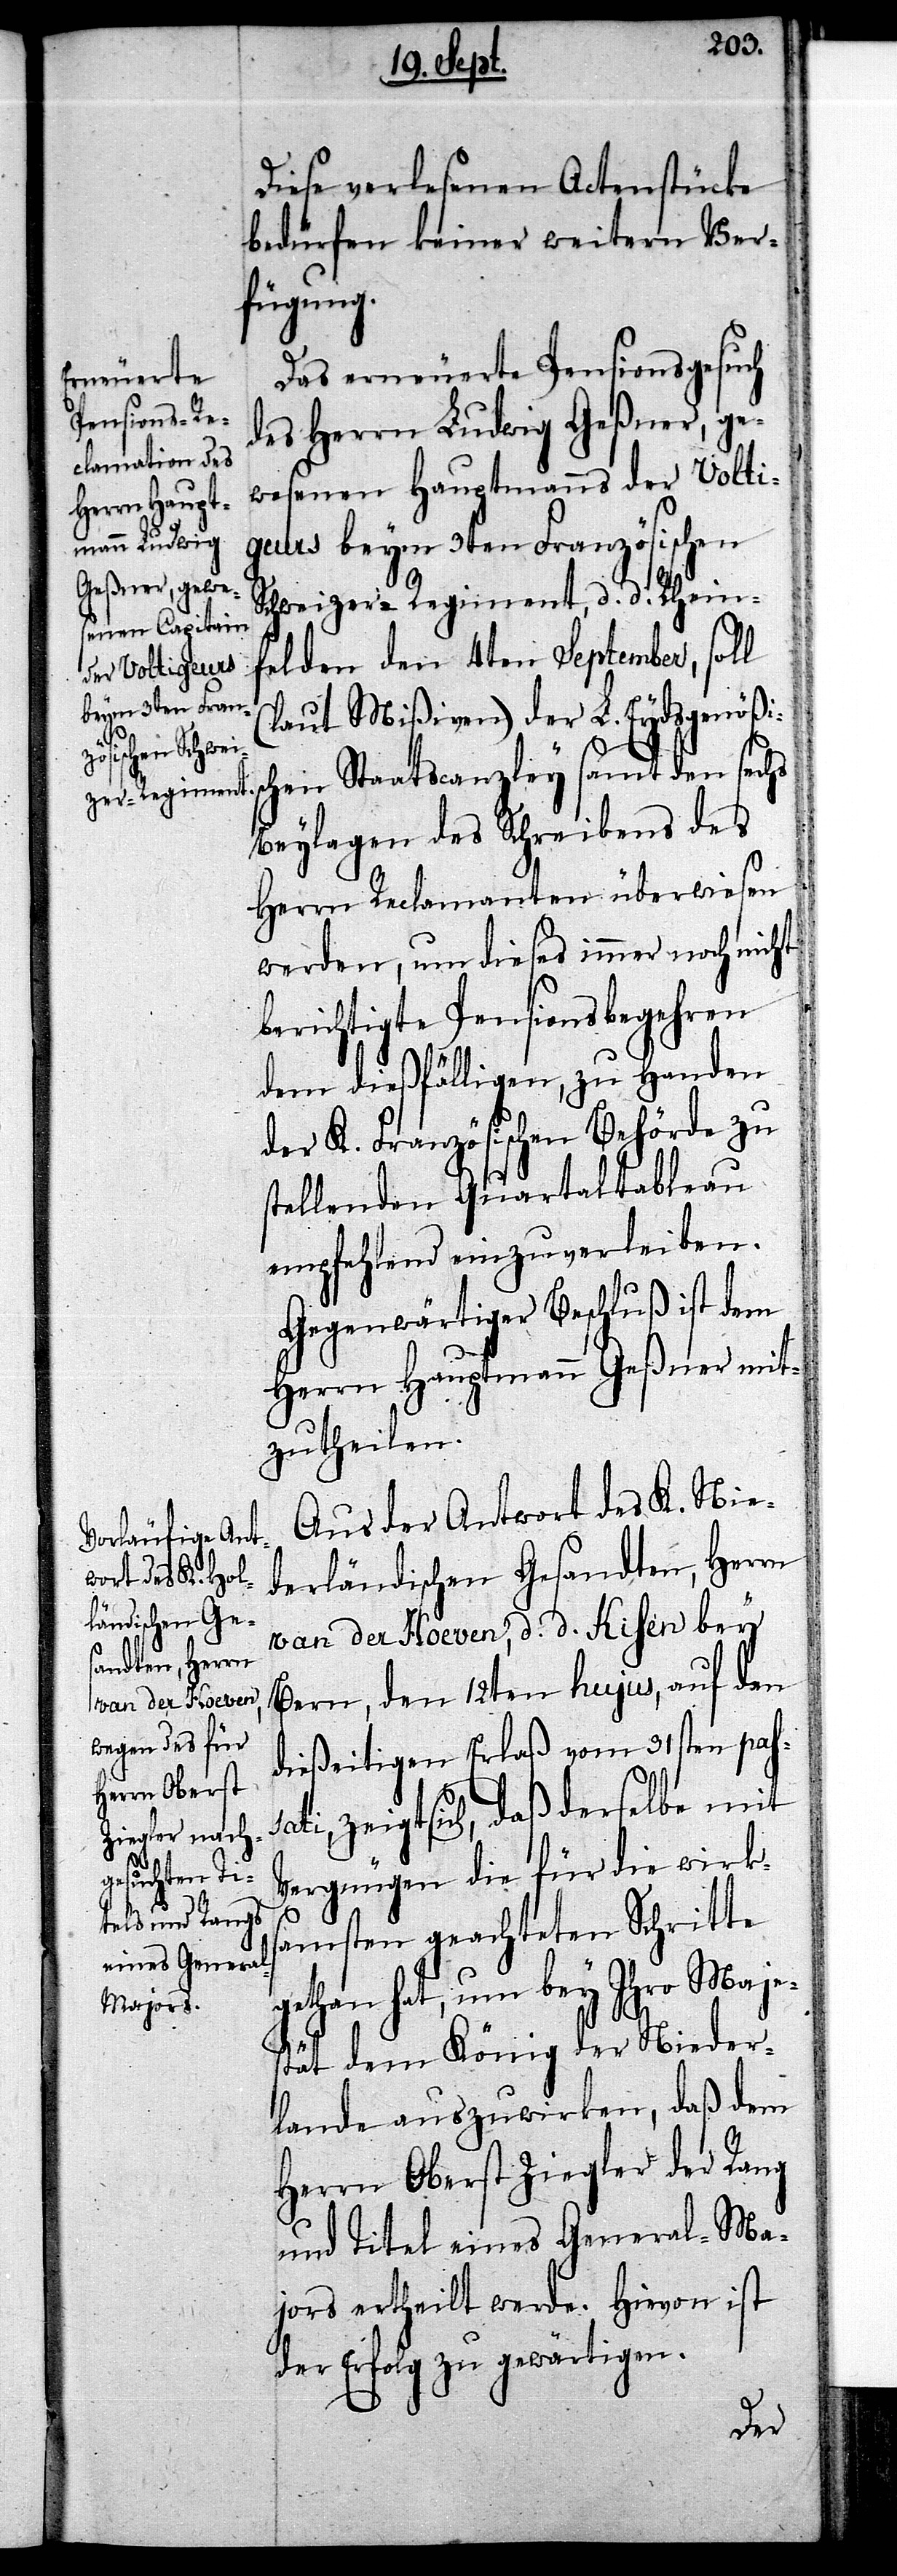
Diese verlesenen Actenstücke
bedürfen keiner weitern Ver¬
fügung.
Das erneuerte Pensionsgesuch
des Herrn Ludwig Geßner, ge¬
wesenen Hauptmanns der Volti¬
geurs beym 3ten Französischen
Schweizer-Regiment, d. d. Rhein¬
felden den 4ten September, soll
(laut Mißiven) der L. Eydsgenößis¬
chen Staatscanzley samt den sechs
Beylagen des Schreibens des
Herrn Reclamanten überwiesen
werden, um dieses immer noch nicht
berichtigte Pensionsbegehren
dem dießfälligen, zu Handen
der K. Französischen Behörde zu
stellenden Quartaltableau
empfehlend einzuverleiben.
Gegenwärtiger Beschluß ist dem
Herrn Hauptmann Geßner mit¬
zutheilen.
Aus der Antwort des K. Nie¬
derländischen Gesandten, Herrn
van der Hoeven, d. d. Kisen bey
Bern, den 12ten hujus, auf den
dießeitigen Erlaß vom 31sten pass¬
ati, zeigt sich, daß derselbe mit
Vergnügen die für die wirks¬
amsten geachteten Schritte
gethan hat, um bey Ihro Maje¬
stät dem König der Nieder¬
lande auszuwirken, daß dem
Herrn Oberst Ziegler der Rang
und Titel eines General-Ma¬
jors ertheilt werde. Hievon ist
der Erfolg zu gewärtigen.